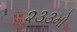
૨૩૩મો